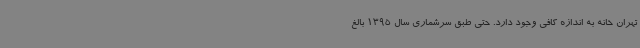
تهران خانه به اندازه کافی وجود دارد. حتی طبق سرشماری سال 1395 بالغ